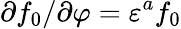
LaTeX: \partial f_{0}/\partial\varphi=\varepsilon^{a}f_{0}